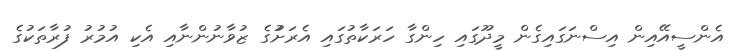
އެންސީއޭއިން އިސްނަގައިގެން މީދޫގައި ހިންގާ ހަރަކާތުގައި އެރަށުުގެ ޒުވާނުންނާއި އެކި އުމުރު ފުރާތަކުގެ